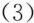
(3)